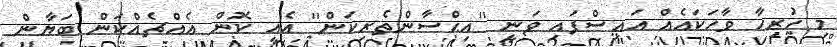
މި ހުރިހާ ވާހަކައެއް އައިސްފައި ވަނީ ''އިޙްސާންތެރިކަން'' އެއީ ކޮން އެއްޗެއްކަން ބަޔާން